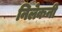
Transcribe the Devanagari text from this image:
निलेकनी